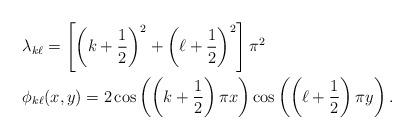
LaTeX: \begin{align*}&\lambda_{k\ell}=\left[ \left(k+\frac{1}{2}\right)^2+\left(\ell +\frac{1}{2}\right)^2\right]\pi ^2\\&\phi_{k\ell}(x,y)=2\cos \left(\left(k+\frac{1}{2}\right)\pi x\right)\cos \left(\left(\ell +\frac{1}{2}\right)\pi y\right).\end{align*}